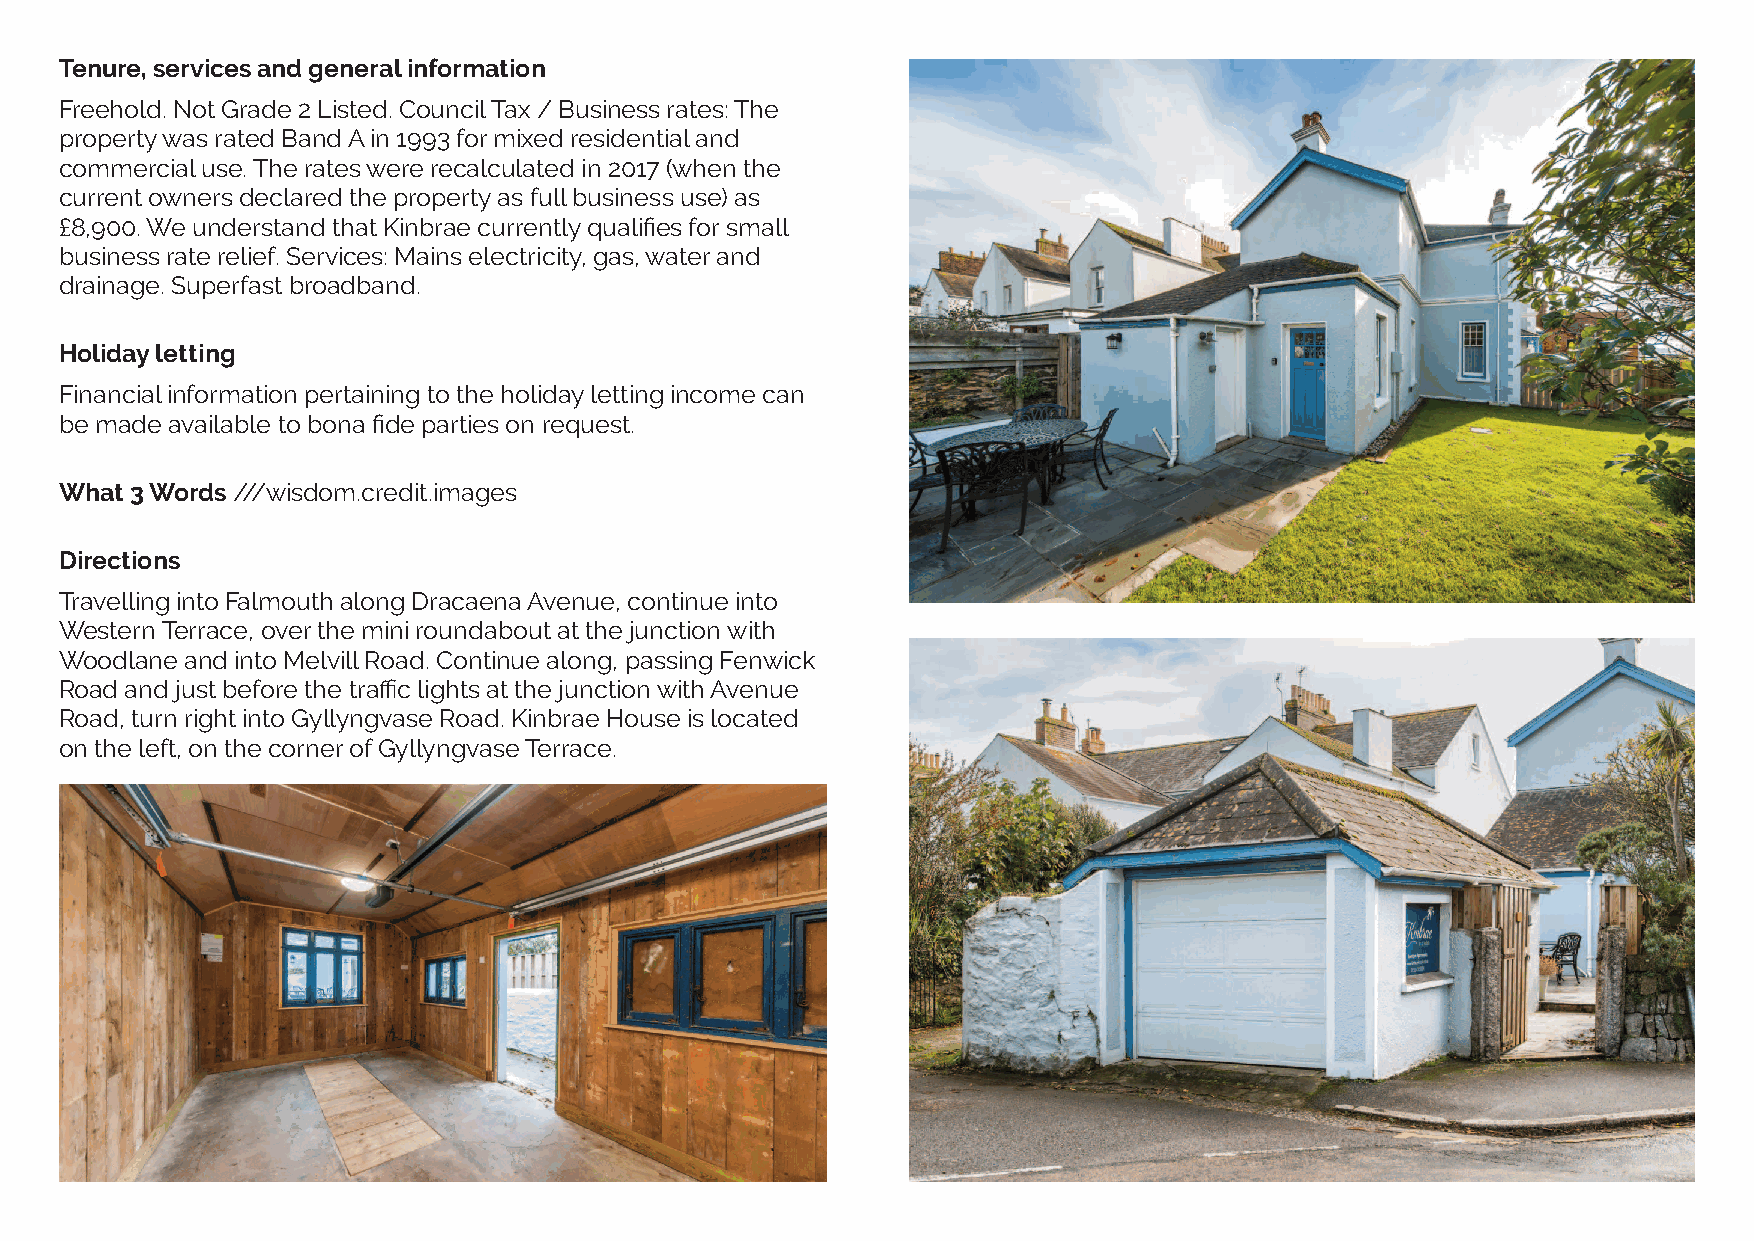
Tenure, services and general information
 Freehold. Not Grade 2 Listed. Council Tax / Business rates: The
 property was rated Band A in 1993 for mixed residential and
 commercial use. The rates were recalculated in 2017 (when the
 current owners declared the property as full business use) as
 £8,900. We understand that Kinbrae currently qualifies for small
 business rate relief. Services: Mains electricity, gas, water and
 drainage. Superfast broadband.
 Holiday letting
 Financial information pertaining to the holiday letting income can
 be made available to bona fide parties on request.
 What 3 Words ///wisdom.credit.images
 Directions
 Travelling into Falmouth along Dracaena Avenue, continue into
 Western Terrace, over the mini roundabout at the junction with
 Woodlane and into Melvill Road. Continue along, passing Fenwick
 Road and just before the traffic lights at the junction with Avenue
 Road, turn right into Gyllyngvase Road. Kinbrae House is located
 on the left, on the corner of Gyllyngvase Terrace.